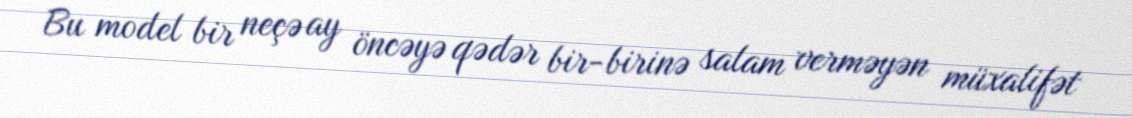
Bu model bir neçə ay öncəyə qədər bir-birinə salam verməyən müxalifət